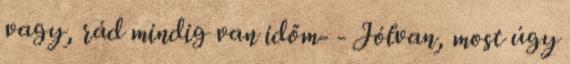
vagy, rád mindig van időm- - Jólvan, most úgy